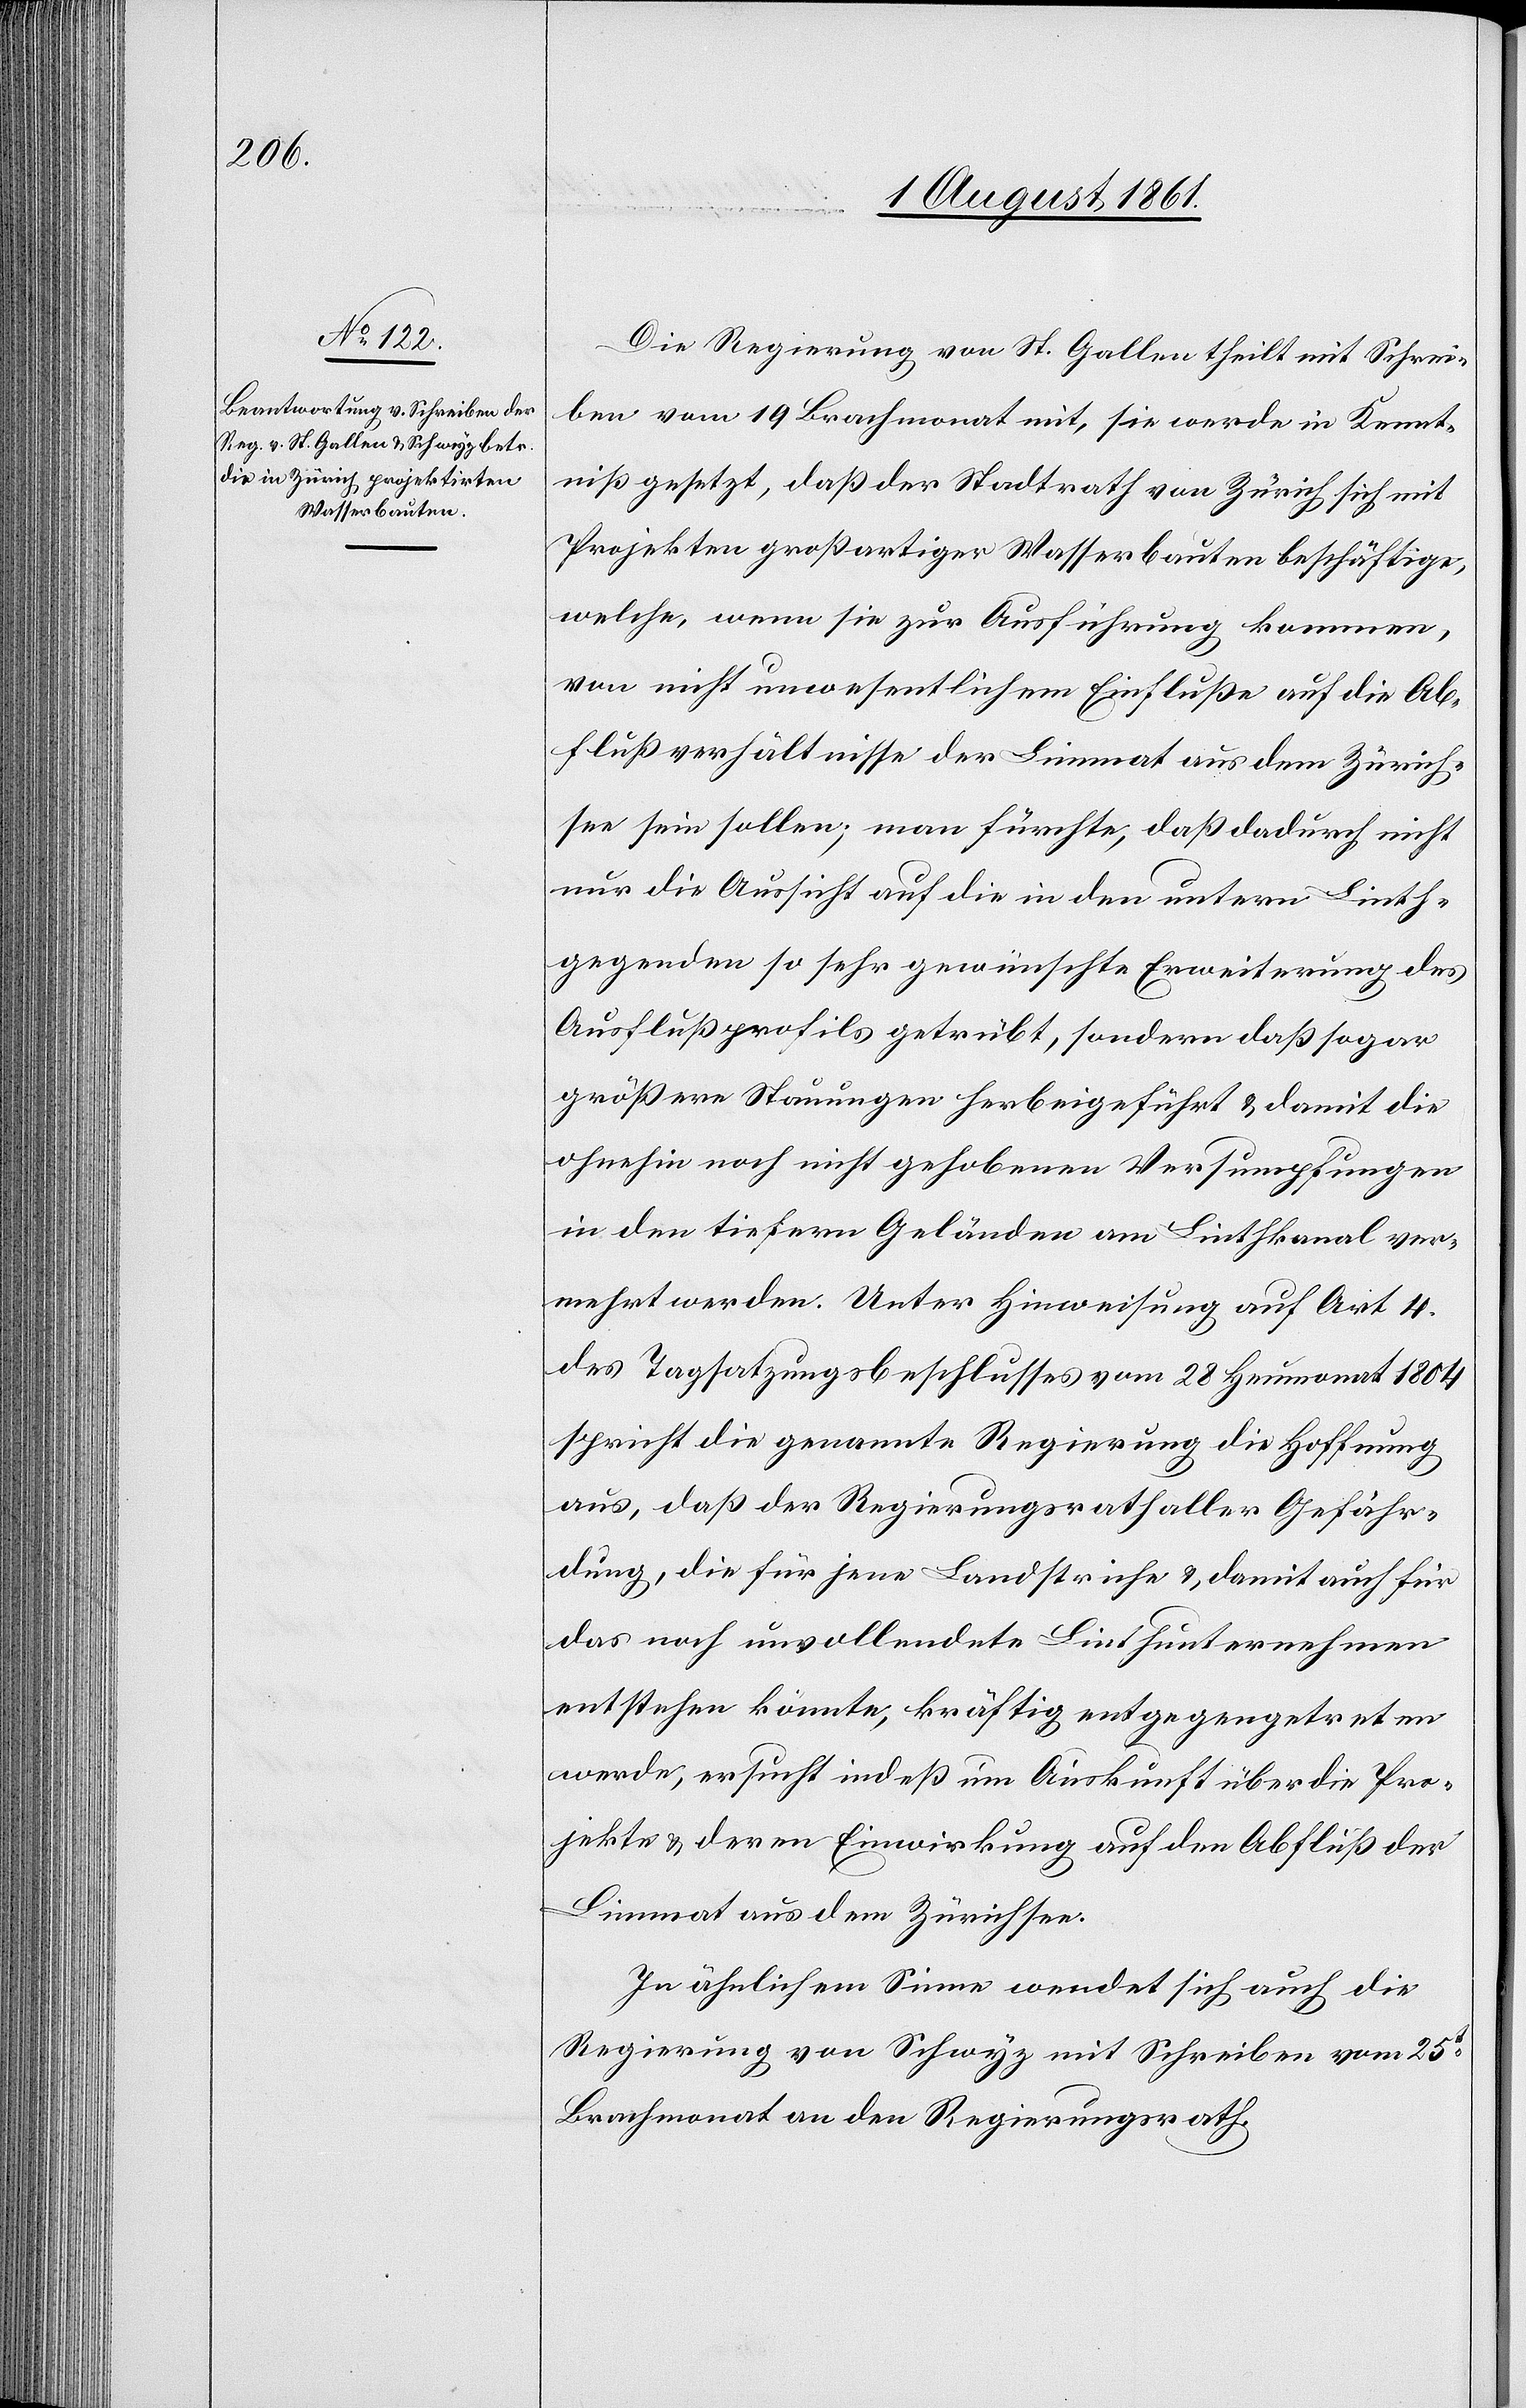
Die Regierung von St. Gallen theilt mit Schrei¬
ben vom 19 Brachmonat mit, sie werde in Kennt¬
niß gesetzt, daß der Stadtrath von Zürich sich mit
Projekten großartiger Wasserbauten beschäftige,
welche, wenn sie zur Ausführung kommen,
von nicht unwesentlichem Einfluße auf die Ab¬
flußverhältnisse der Limmat aus dem Zürich¬
see sein sollen; man fürchte, daß dadurch nicht
nur die Aussicht auf die in den untern Linth¬
gegenden so sehr gewünschte Erweiterung des
Ausflußprofils getrübt, sondern daß sogar
größere Stauungen herbeigeführt u. damit die
ohnehin noch nicht gehobenen Versumpfungen
in den tiefern Geländen am Linthkanal ver¬
mehrt werden. Unter Hinweisung auf Art. 11
des Tagsatzungsbeschlusses vom 28 Heumonat 1804
spricht die genannte Regierung die Hoffnung
aus, daß der Regierungsrath aller Gefähr¬
dung, die für jene Landstriche u. damit auch für
das noch unvollendete Linthunternehmen
entsprechen könnte, kräftig entgegentreten
werde, ersucht indeß um Auskunft über die Pro¬
jekte u. deren Einwirkung auf den Abfluß der
Limmat aus dem Zürichsee.
In ähnlichem Sinne wendet sich auch die
Regierung von Schwyz mit Schreiben vom 25t
Brachmonat an den Regierungsrath.